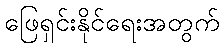
ဖြေရှင်းနိုင်ရေးအတွက်